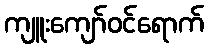
ကျူးကျော်ဝင်ရောက်